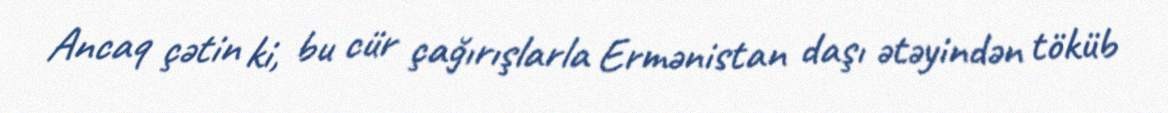
Ancaq çətin ki, bu cür çağırışlarla Ermənistan daşı ətəyindən töküb